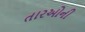
તારઓની